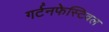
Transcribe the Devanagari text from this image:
गर्टनफेस्टिवल